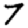
Digit: 7